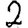
Digit: 2